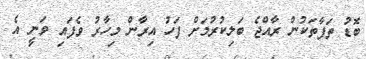
ބޮޑު ތަފާތަކުން ރާއްޖެ ބަލިކުރުމަށް ފަހު އިރާން މިހާރު ވެފައި ވަނީ އެ